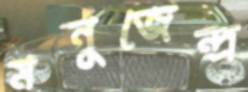
মনুজেন্দ্র